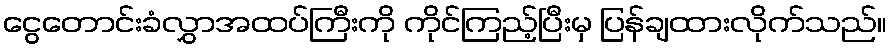
ငွေတောင်းခံလွှာအထပ်ကြီးကို ကိုင်ကြည့်ပြီးမှ ပြန်ချထားလိုက်သည်။